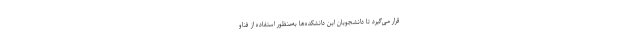
قرار می‌گیرد تا دانشجویان این دانشکده‌ها به‌منظور استفاده از فناو